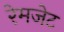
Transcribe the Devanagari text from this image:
रेमजेट